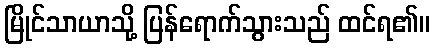
မြိုင်သာယာသို့ ပြန်ရောက်သွားသည် ထင်ရ၏။